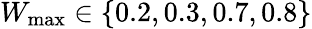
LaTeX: W_{\mathrm{max}}\in\{ 0.2,0.3,0.7,0.8\}